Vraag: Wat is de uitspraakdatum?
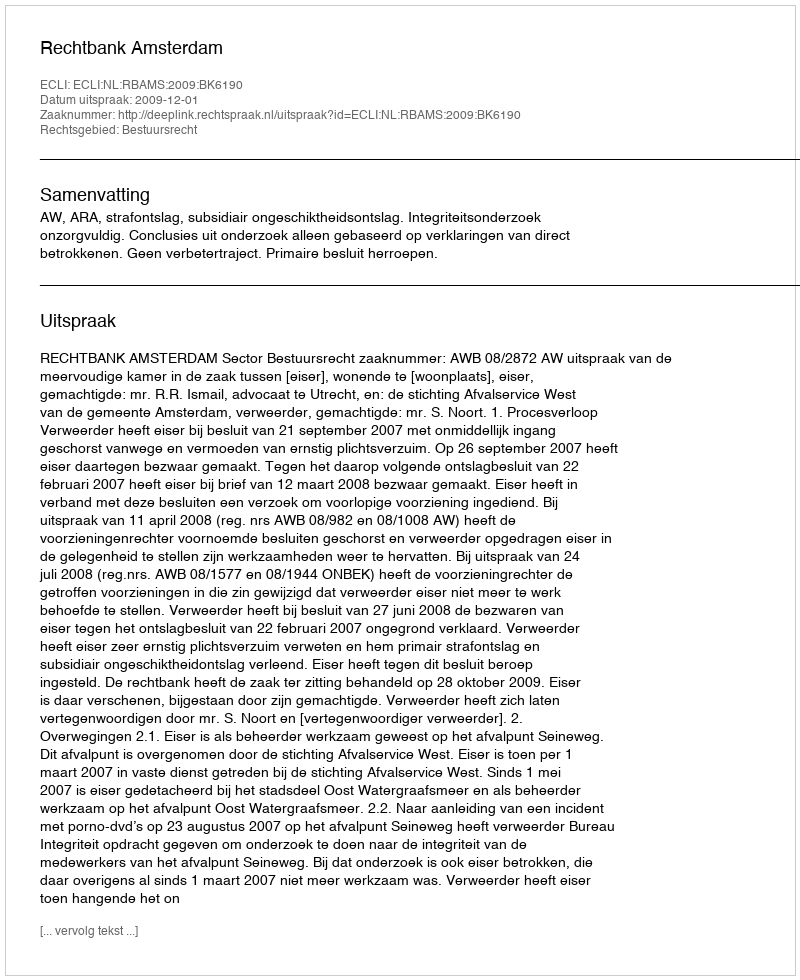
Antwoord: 2009-12-01